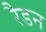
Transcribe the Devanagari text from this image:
रैडन